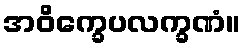
အဝိက္ခေပလက္ခဏံ။